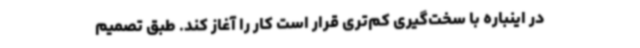
در اینباره با سخت‌گیری کم‌تری قرار است کار را آغاز کند. طبق تصمیم